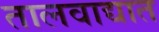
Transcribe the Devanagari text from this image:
तालवाद्यात